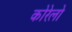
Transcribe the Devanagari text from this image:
कोरेलो